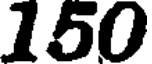
150